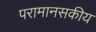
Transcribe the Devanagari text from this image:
परामानसकीय